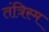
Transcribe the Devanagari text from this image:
तंत्रिस्म